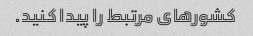
کشورهای مرتبط را پیدا کنید.